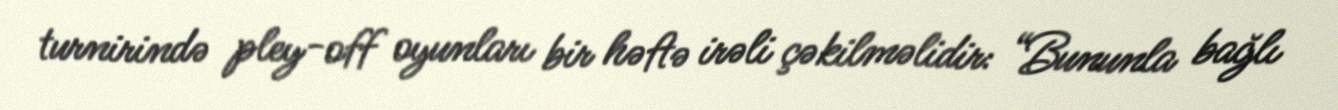
turnirində pley-off oyunları bir həftə irəli çəkilməlidir: “Bununla bağlı